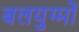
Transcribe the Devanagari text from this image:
बलयुग्मों